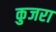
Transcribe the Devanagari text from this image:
कुजरा